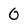
Character: 0